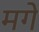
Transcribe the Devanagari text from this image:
मगे